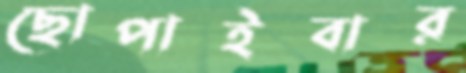
ছোপাইবার